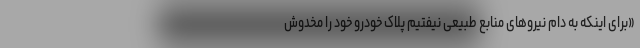
«برای اینکه به دام نیروهای منابع طبیعی نیفتیم پلاک خودرو خود را مخدوش